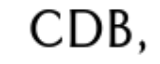
CDB,